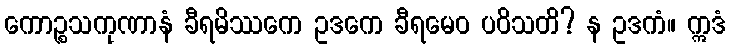
ကောဉ္စသကုဏာနံ ခီရမိဿကေ ဥဒကေ ခီရမေဝ ပဝိသတိ? န ဥဒကံ။ ဣဒံ